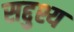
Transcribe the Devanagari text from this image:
सद्दुश्य